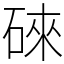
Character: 䂾